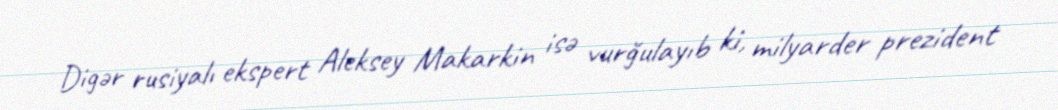
Digər rusiyalı ekspert Aleksey Makarkin isə vurğulayıb ki, milyarder prezident